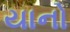
યાનો